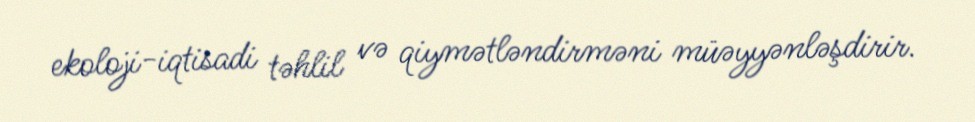
ekoloji-iqtisadi təhlil və qiymətləndirməni müəyyənləşdirir.